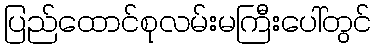
ပြည်ထောင်စုလမ်းမကြီးပေါ်တွင်